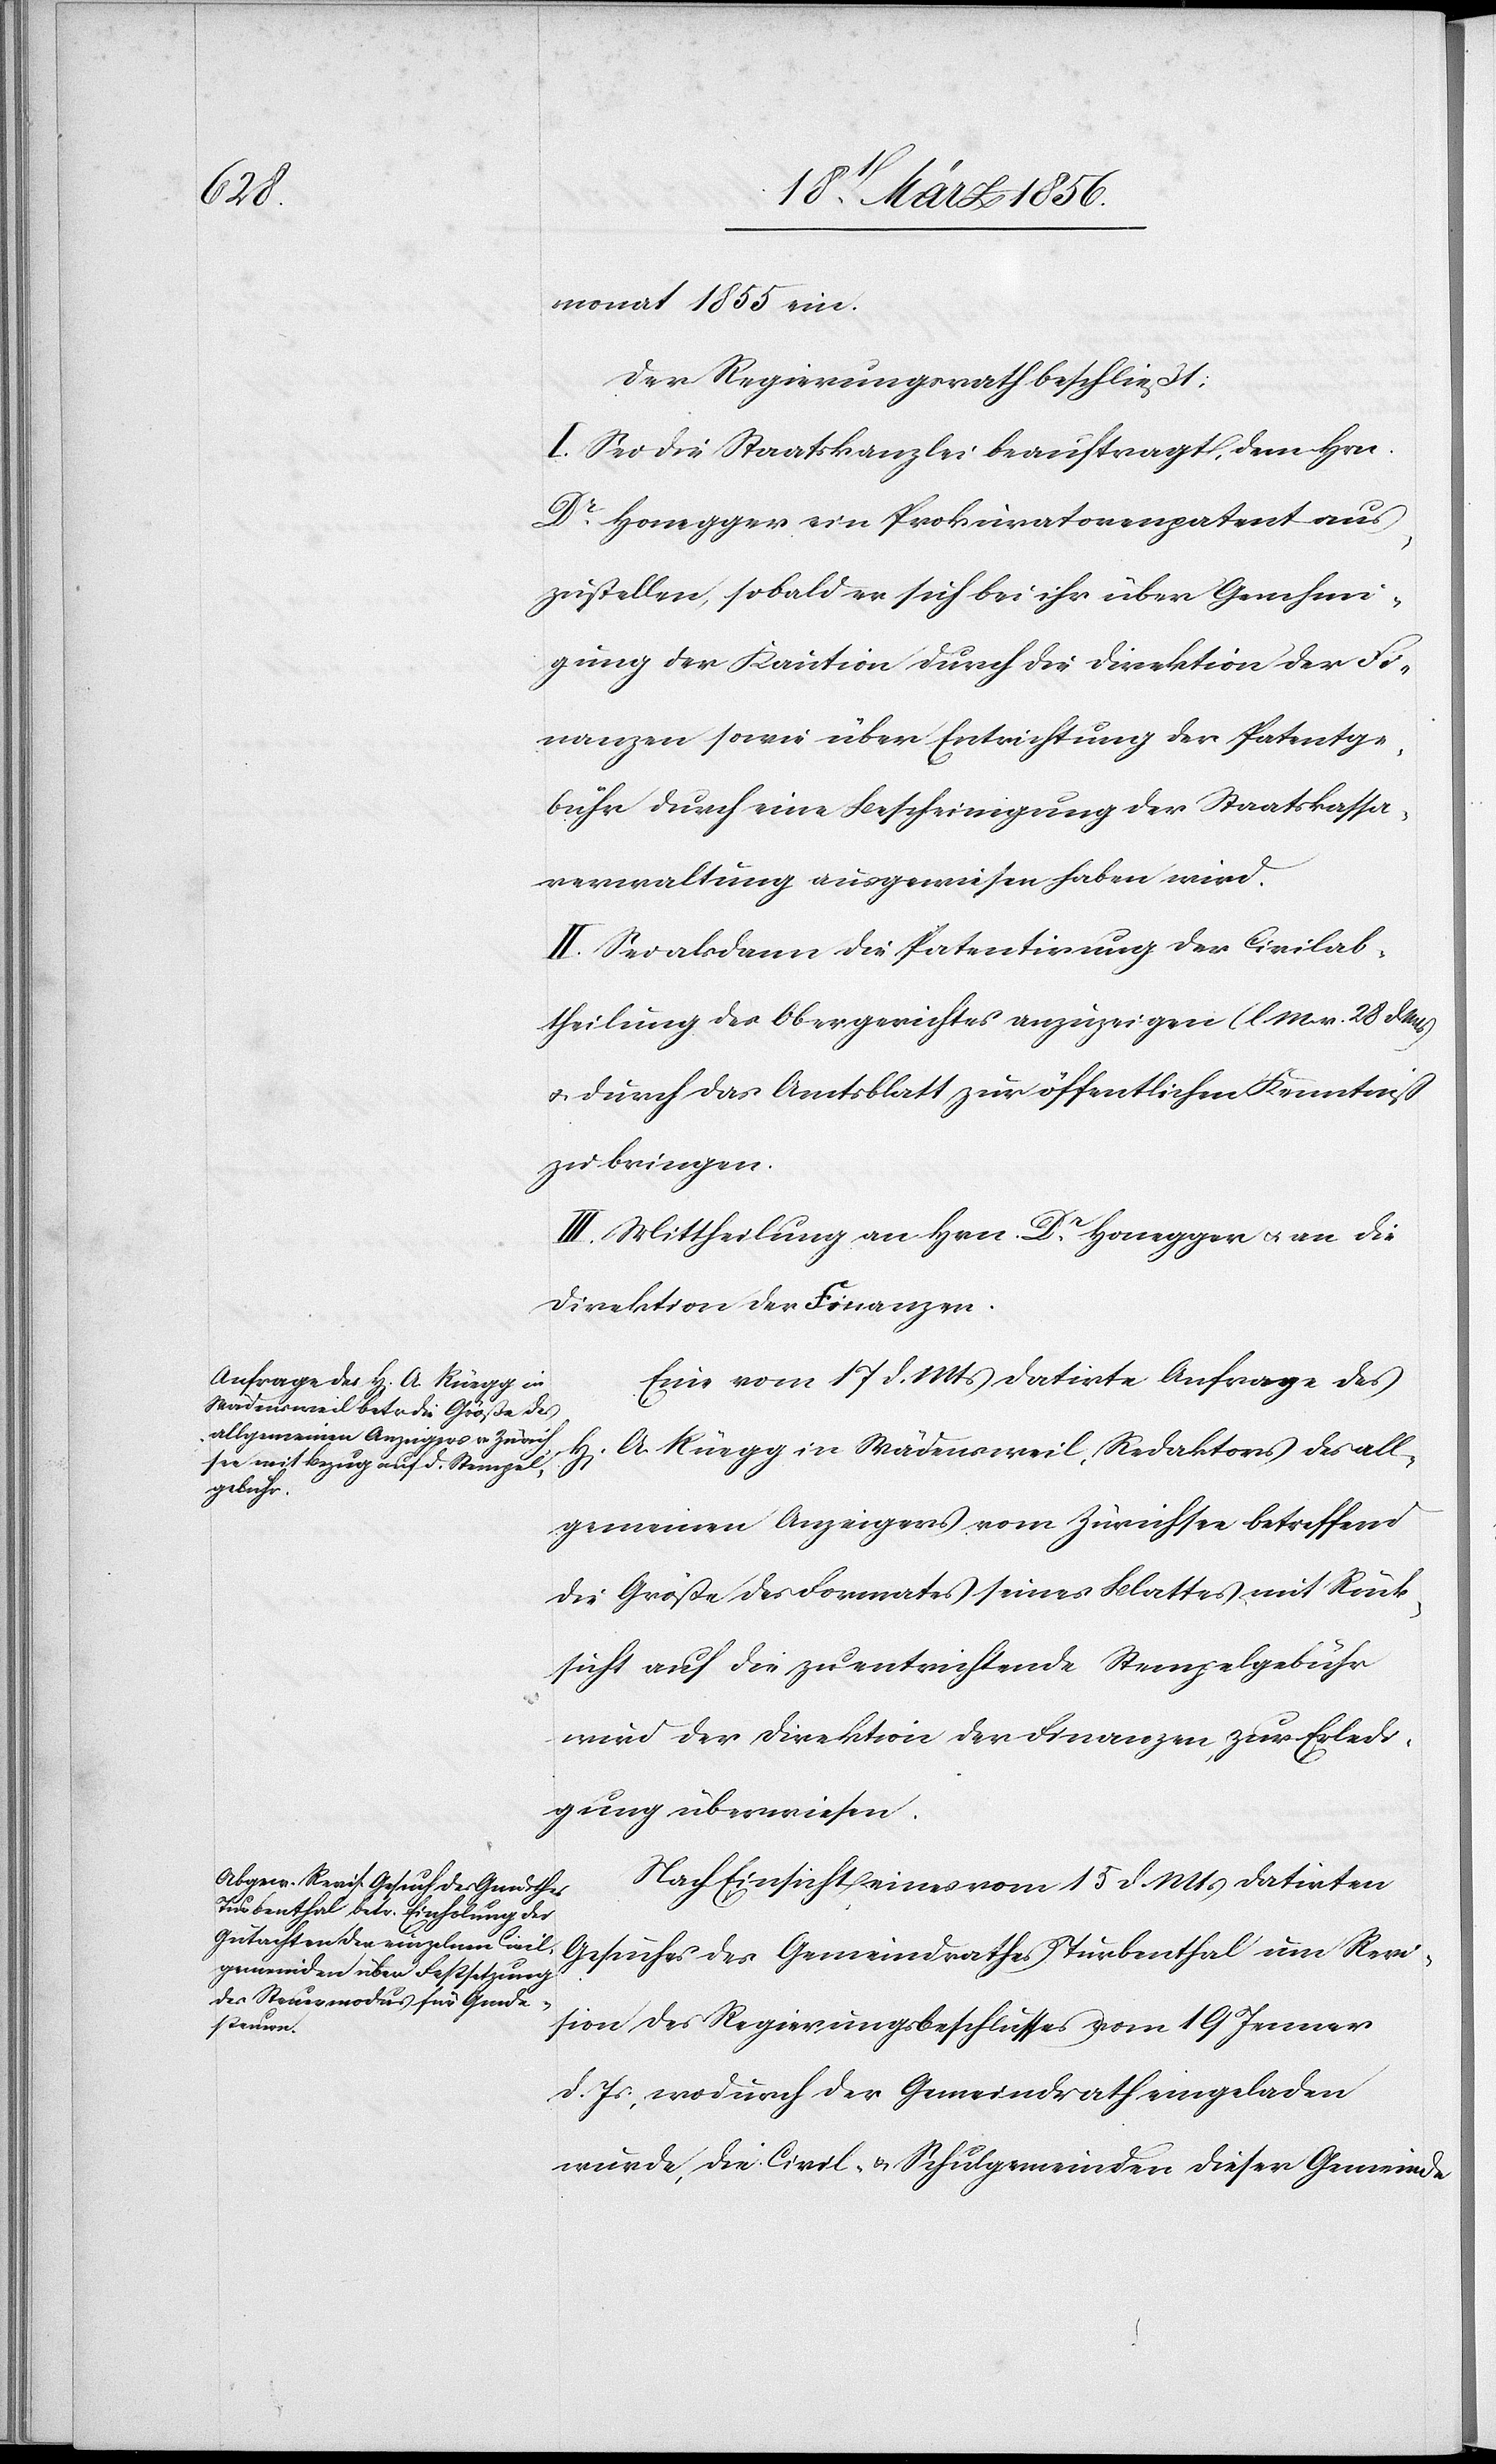
H[err¬

monat 1885 ein.
Der Regierungsrath beschließt:
I. Sei die Staatskanzlei beauftragt, dem Hrn.
Dr Honegger ein Prokuratorenpatent aus¬
zustellen, sobald er sich bei ihr über Genehmi¬
gung der Kaution durch die Direktion der Fi¬
nanzen sowie über Entrichtung der Patentge¬
bühr durch eine Bescheinigung der Staatskassa¬
verwaltung ausgewiesen haben wird.
II. Sei als dann die Patentirung der Civilab¬
theilung des Obergerichtes anzuzeigen (l. M. v. 28 d.
u. durch das Amtsblatt zur öffentlichen Kenntniß
zu bringen.
III. Mittheilung an Hrn. Dr Honegger u. an die
Direktion der Finanzen.
Eine vom 17 d. Mts datirte Anfrage des
n] A. Rüegg in Wädensweil, Redaktors des all¬
gemeinen Anzeigers vom Zürichsee betreffend
die Größe des Formates seines Blattes mit Rück¬
sicht auf die zu entrichtende Stempelgebühr
wird der Direktion des Finanzen zur Erledi¬
gung überwiesen.
Nach Einsicht eines vom 15 d. Mts datirten
Gesuches des Gemeindrathes Turbenthal um Revi¬
sion des Regierungsbeschlusses vom 19 Jenner
d. Js., wodurch der Gemeindrath eingeladen
wurde, die Civil- & Schulgemeinden dieser Gemeinde